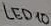
Text: LED10